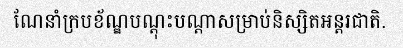
ណែនាំក្របខ័ណ្ឌបណ្តុះបណ្តាសម្រាប់និស្សិតអន្តរជាតិ.